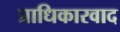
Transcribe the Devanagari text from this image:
प्राधिकारवाद